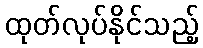
ထုတ်လုပ်နိုင်သည့်